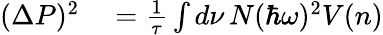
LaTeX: \begin{array}{rl}{(\Delta P)^{2}}&{{}=\frac{1}{\tau}\int d\nu\, N(\hbar\omega)^{2}V(n)}\end{array}